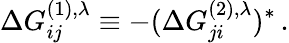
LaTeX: \Delta G_{ij}^{(1),\lambda}\equiv-(\Delta G_{ji}^{(2),\lambda})^{*}\, .